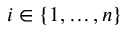
i \in \{ 1 , \dotsc , n \}